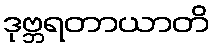
ဒုဗ္ဘရတာယာတိ